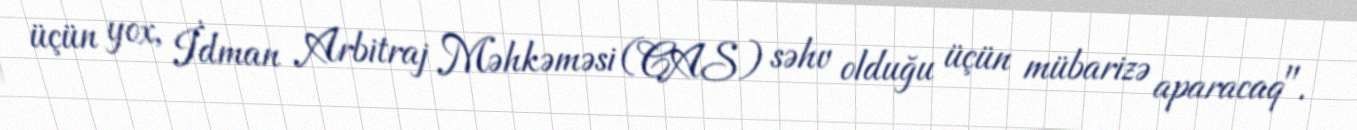
üçün yox, İdman Arbitraj Məhkəməsi (CAS) səhv olduğu üçün mübarizə aparacaq".